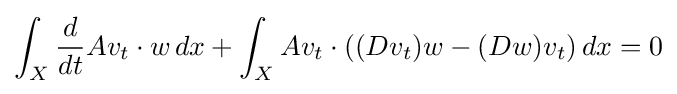
\int _{X}{\frac {d}{dt}}Av_{t}\cdot w\,dx+\int _{X}Av_{t}\cdot ((Dv_{t})w-(Dw)v_{t})\,dx=0